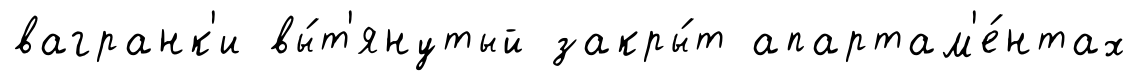
вагранк'и вы́т'янутый закры́т апартам'е́нтах